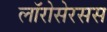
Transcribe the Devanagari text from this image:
लॉरोसेरसस